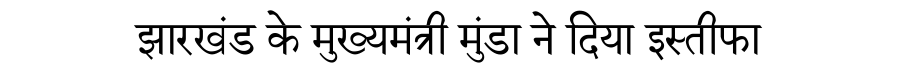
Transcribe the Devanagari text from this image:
झारखंड के मुख्यमंत्री मुंडा ने दिया इस्तीफा